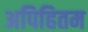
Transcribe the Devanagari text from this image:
अपिहितम